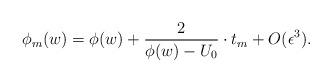
LaTeX: \begin{align*}\phi _m(w)=\phi (w) + \frac{2}{\phi (w)-U_0}\cdot t_m +O(\epsilon^3 ) .\end{align*}